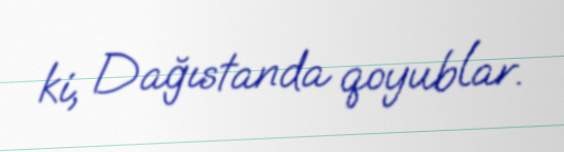
ki, Dağıstanda qoyublar.